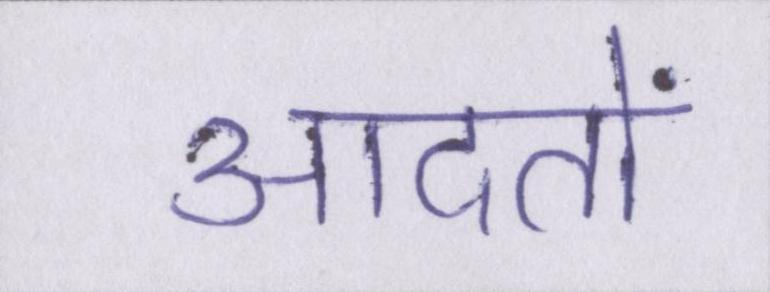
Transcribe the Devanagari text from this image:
आदतों